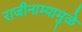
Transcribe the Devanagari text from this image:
राजीनाम्यामुळे